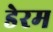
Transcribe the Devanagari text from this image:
डेरम